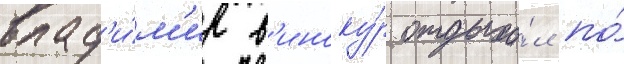
влад'и́м'ир в'иноку́р отдыха́л по́